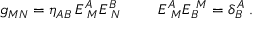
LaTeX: g _ { M N } = \eta _ { A B } \, E _ { \, \, M } ^ { A } E _ { \, \, N } ^ { B } \, \, \qquad E _ { \, \, M } ^ { A } E _ { B } ^ { \, \, M } = \delta _ { B } ^ { A } \; .